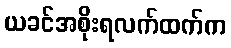
ယခင်အစိုးရလက်ထက်က